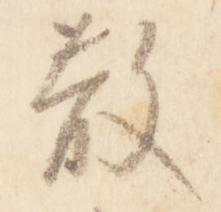
散